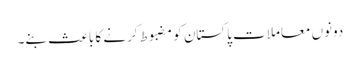
دونوں معاملات پاکستان کو مضبوط کرنے کا باعث بنے۔